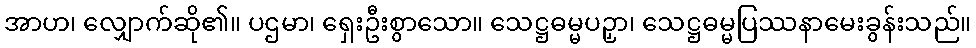
အာဟ၊ လျှောက်ဆို၏။ ပဌမာ၊ ရှေးဦးစွာသော။ သေဋ္ဌဓမ္မပဉှာ၊ သေဋ္ဌဓမ္မပြဿနာမေးခွန်းသည်။